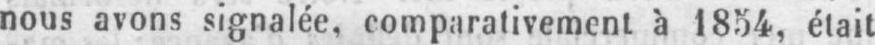
nous avons signalée, comparativement à 1854, était